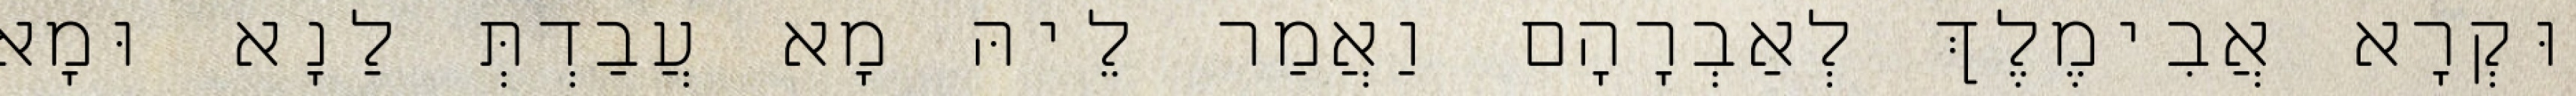
וּקְרָא אֲבִימֶלֶךְ לְאַבְרָהָם וַאֲמַר לֵיהּ מָא עֲבַדְתְּ לַנָא וּמָא